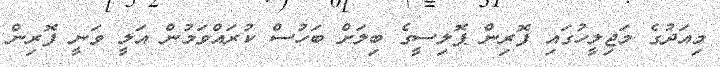
މިއަދުގެ މަޖިލީހުގައި ފޮރިން ޕޮލިސީގެ ބިލަށް ބަހުސް ކުރައްވަމުން އަލީ ވަނީ ފޮރިން